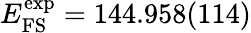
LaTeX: E_{\mathrm{FS}}^{\mathrm{exp}}=144.958(114)